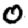
Digit: 0